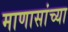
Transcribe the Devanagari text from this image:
माणासांच्या